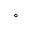
^ { \circ }